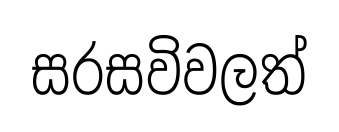
සරසවිවලත්